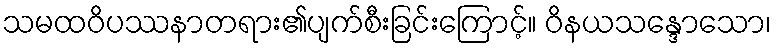
သမထဝိပဿနာတရား၏ပျက်စီးခြင်းကြောင့်။ ဝိနယသန္ဒောသော၊